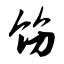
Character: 饬